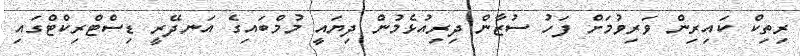
ރިތިކް ކައިރިން ވަރިވުމަށް ފަހު ސުޒާން ދިރިއުޅެމުން ދިޔައީ މުމްބައިގެ އަނދޭރީ ޑިސްޓްރިކްޓްގައި